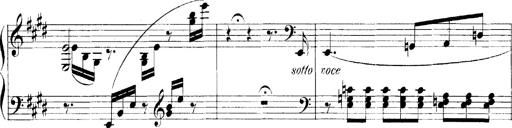
Title: LiebestrÃ¤ume
Composer: Franz Behr
Key: E-flat major